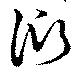
衍